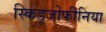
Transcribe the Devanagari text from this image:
स्किड्जोफीनिया